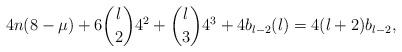
LaTeX: \begin{align*} 4n(8-\mu)+6{l\choose 2}4^{2}+{l \choose 3}4^{3}+4b_{l-2}(l)=4(l+2)b_{l-2}, \end{align*}